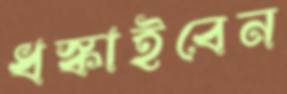
ধস্‌কাইবেন